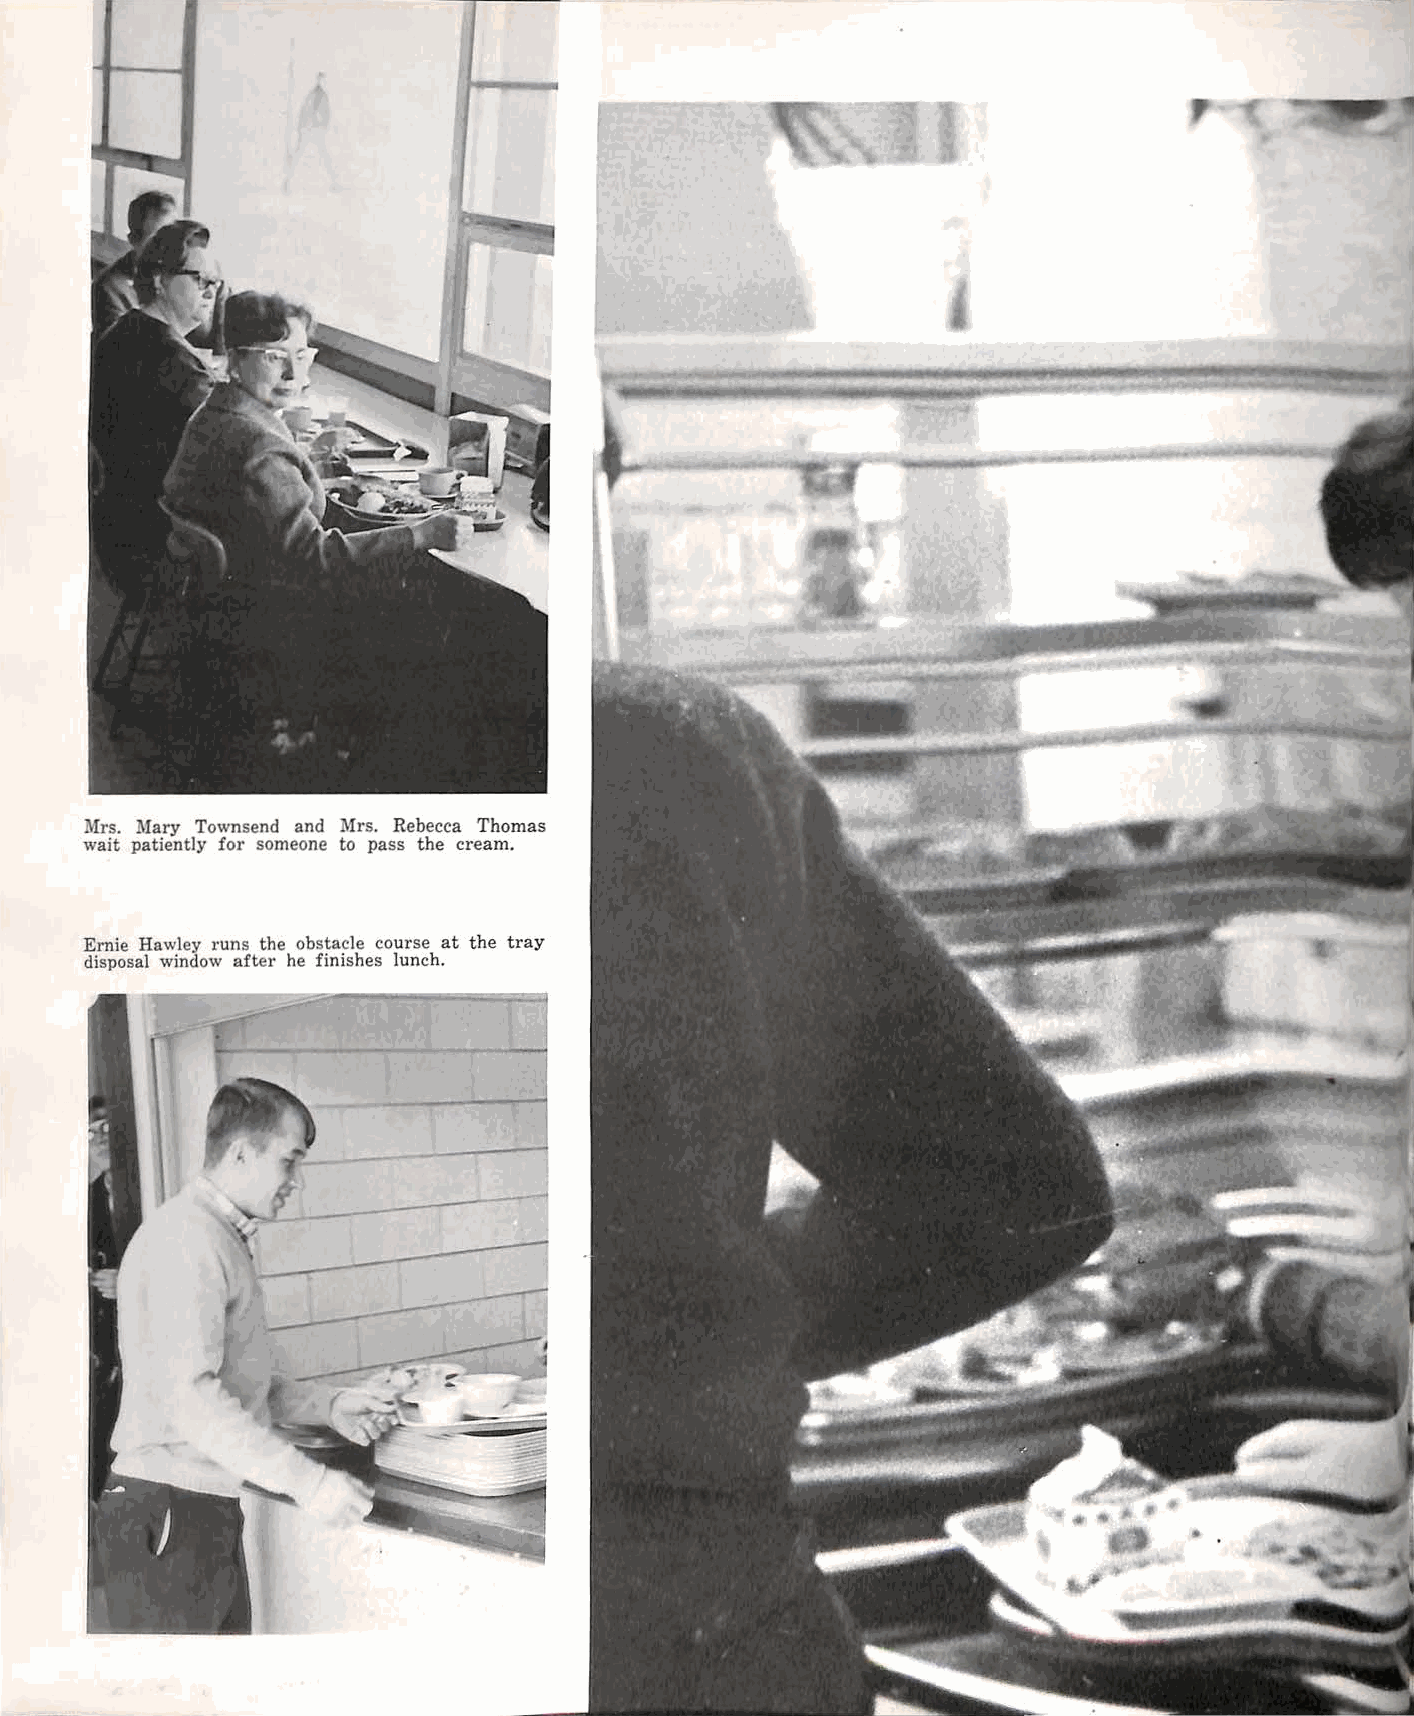
i\Irs. Mary Townsend and Mrs. Rebecca Thomas
 wait patiently for someone to pass the cream.
 Ernie Hawley runs the obstacle course at the tray
 disposal window after he finishes lunch.